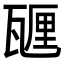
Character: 甅